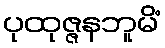
ပုထုဇ္ဇနဘူမိံ